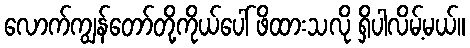
လောက်ကျွန်တော်တို့ကိုယ်ပေါ် ဖိထားသလို ရှိပါလိမ့်မယ်။